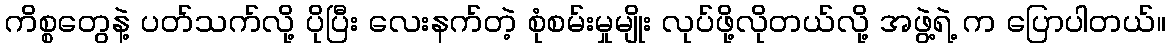
ကိစ္စတွေနဲ့ ပတ်သက်လို့ ပိုပြီး လေးနက်တဲ့ စုံစမ်းမှုမျိုး လုပ်ဖို့လိုတယ်လို့ အဖွဲ့ရဲ့ က ပြောပါတယ်။